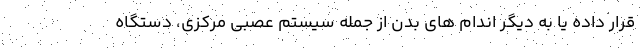
قرار داده یا به دیگر اندام های بدن از جمله سیستم عصبی مرکزی، دستگاه